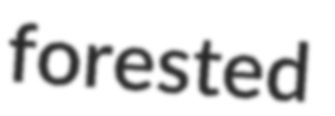
forested